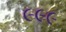
૯૯૯